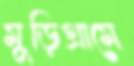
মুড়িগ্রামে